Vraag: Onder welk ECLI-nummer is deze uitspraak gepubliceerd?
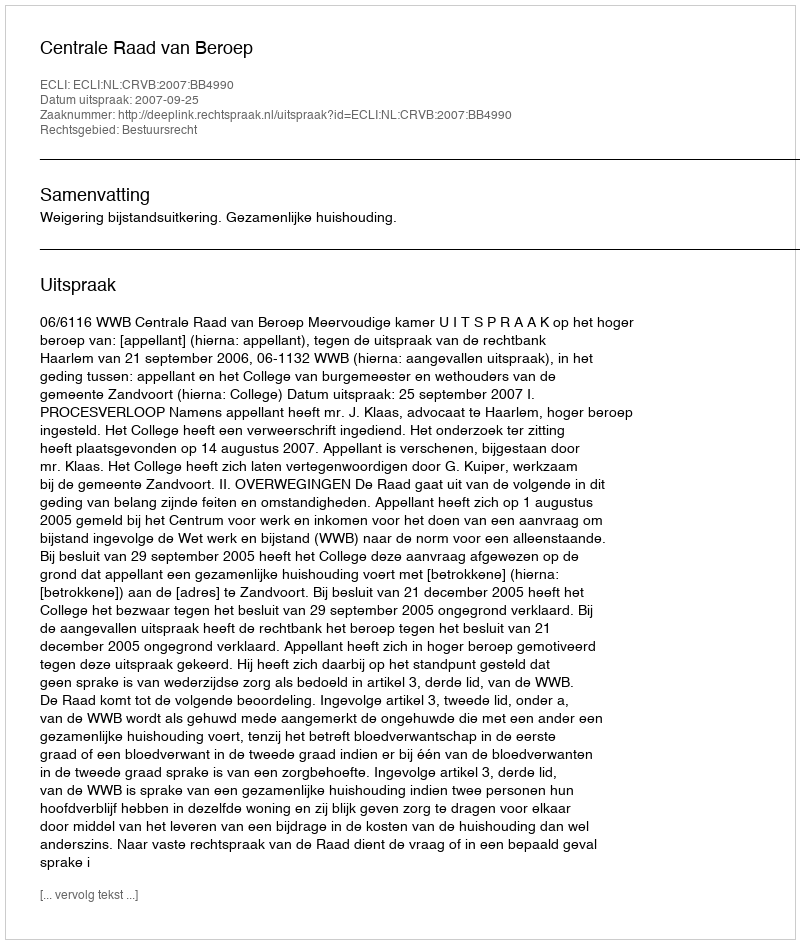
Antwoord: ECLI:NL:CRVB:2007:BB4990